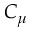
C _ { \mu }